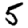
Digit: 5